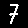
Digit: 7